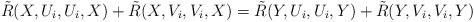
LaTeX: \begin{align*}\tilde{R}(X,U_{i},U_{i},X)+\tilde{R}(X,V_{i},V_{i},X)=\tilde{R}(Y,U_{i},U_{i},Y)+\tilde{R}(Y,V_{i},V_{i},Y)\end{align*}